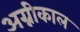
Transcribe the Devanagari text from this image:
अग्नीकाल